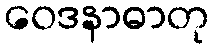
ဝေဒနာဓာတု